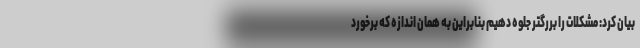
بیان کرد: مشکلات را بررگتر جلوه دهیم بنابراین به همان اندازه که برخورد